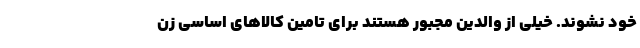
خود نشوند. خیلی از والدین مجبور هستند برای تامین کالاهای اساسی زن